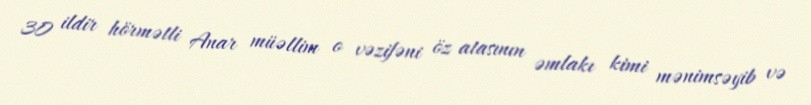
30 ildir hörmətli Anar müəllim o vəzifəni öz atasının əmlakı kimi mənimsəyib və